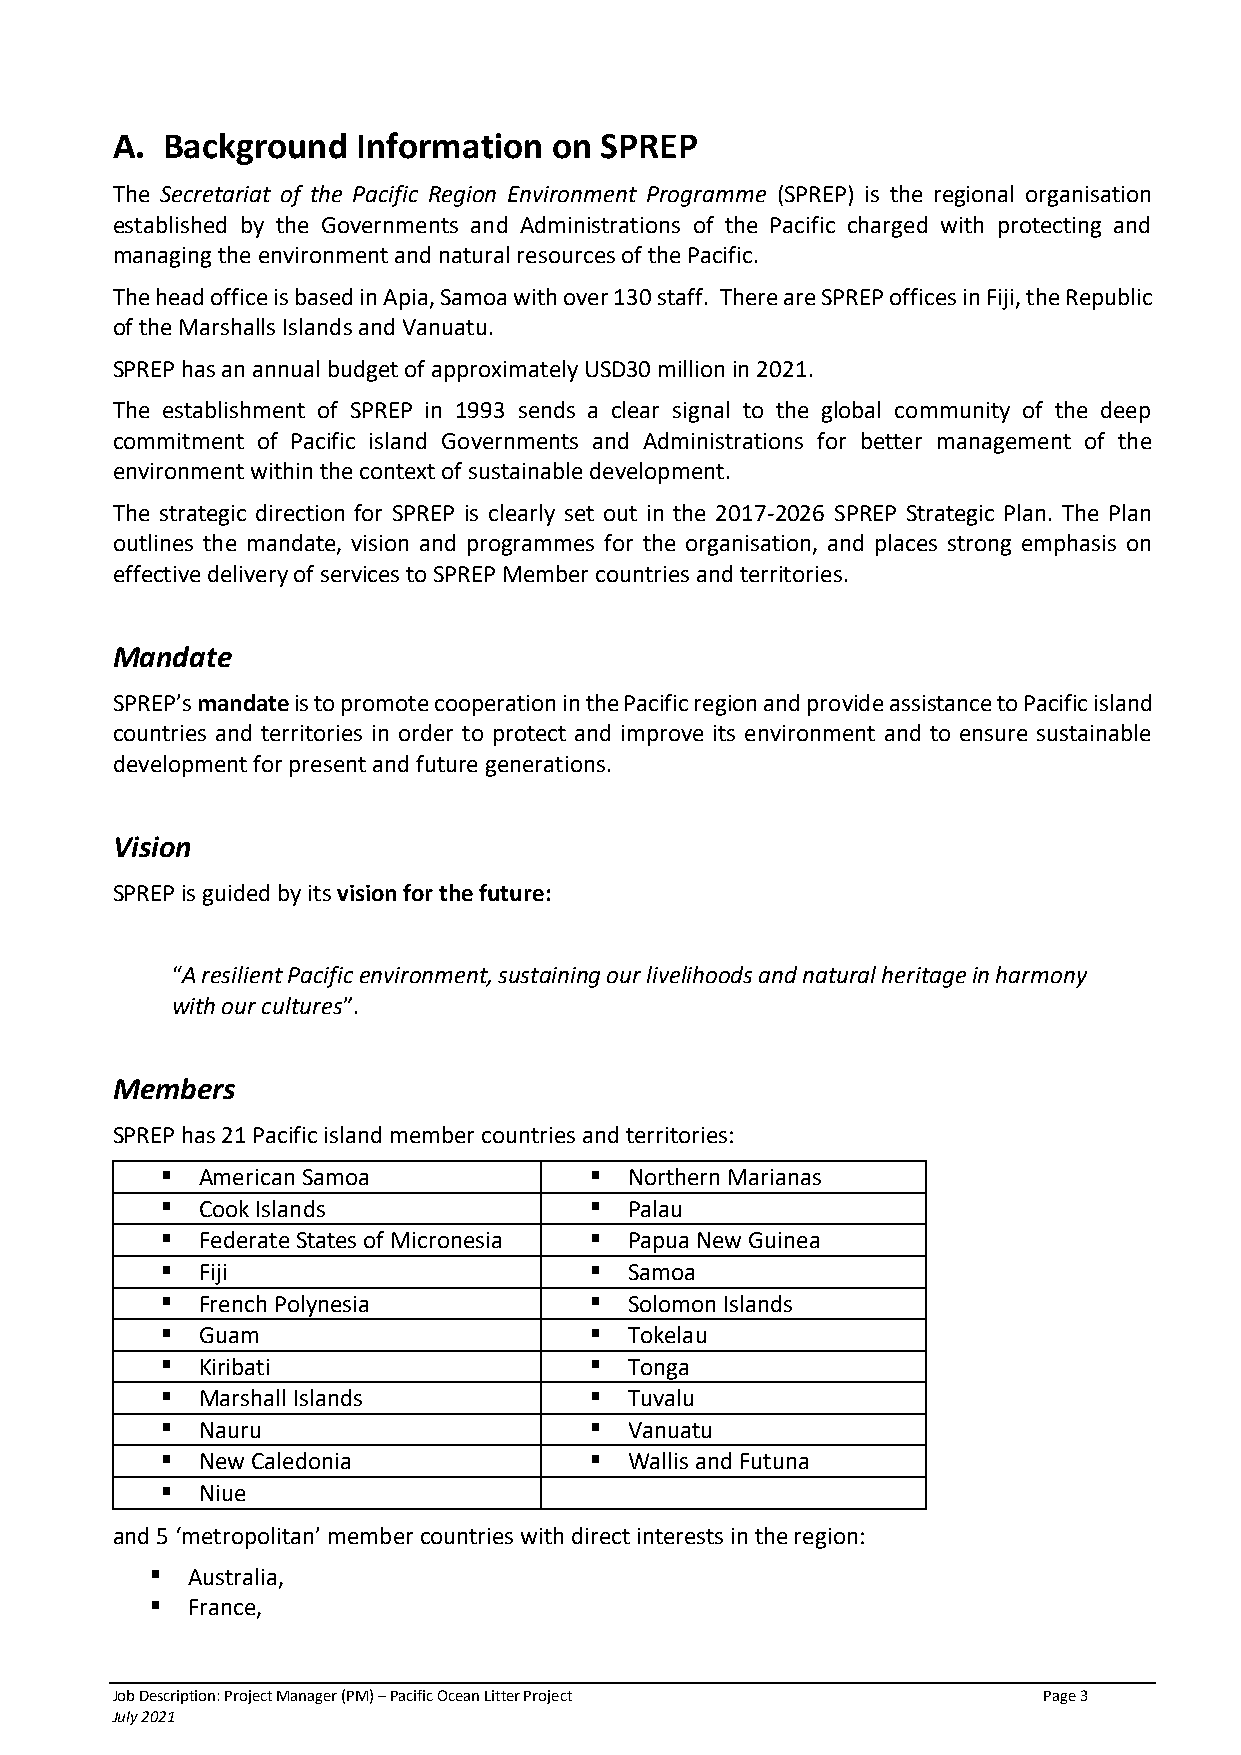
A.  Background   Information  on SPREP
 The Secretariat of the Pacific Region Environment Programme (SPREP) is the regional organisation
 established by the Governments and Administrations of the Pacific charged with protecting and
 managing the environment and natural resources of the Pacific.
 The head office is based in Apia, Samoa with over 130 staff. There are SPREP offices in Fiji, the Republic
 of the Marshalls Islands and Vanuatu.
 SPREP has an annual budget of approximately USD30 million in 2021.
 The establishment of SPREP in 1993 sends a clear signal to the global community of the deep
 commitment of Pacific island Governments and Administrations for better management of the
 environment within the context of sustainable development.
 The strategic direction for SPREP is clearly set out in the 2017-2026 SPREP Strategic Plan. The Plan
 outlines the mandate, vision and programmes for the organisation, and places strong emphasis on
 effective delivery of services to SPREP Member countries and territories.
 Mandate
 SPREP’s mandate is to promote cooperation in the Pacific region and provide assistance to Pacific island
 countries and territories in order to protect and improve its environment and to ensure sustainable
 development for present and future generations.
 Vision
 SPREP is guided by its vision for the future:
 “A resilient Pacific environment, sustaining our livelihoods and natural heritage in harmony
 with our cultures”.
 Members
 SPREP has 21 Pacific island member countries and territories:
 ▪ American Samoa            ▪  Northern Marianas
 ▪ Cook Islands              ▪  Palau
 ▪ Federate States of Micronesia ▪ Papua New Guinea
 ▪ Fiji                      ▪  Samoa
 ▪ French Polynesia          ▪  Solomon Islands
 ▪ Guam                      ▪  Tokelau
 ▪ Kiribati                  ▪  Tonga
 ▪ Marshall Islands          ▪  Tuvalu
 ▪ Nauru                     ▪  Vanuatu
 ▪ New Caledonia             ▪  Wallis and Futuna
 ▪ Niue
 and 5 ‘metropolitan’ member countries with direct interests in the region:
 ▪ Australia,
 ▪ France,
 Job Description: Project Manager (PM) – Pacific Ocean Litter Project Page 3
 July 2021